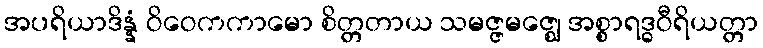
အပရိယာဒိန္နံ ဝိဝေကကာမော စိတ္တတာယ သမဇ္ဇမဇ္ဈေ အစ္စာရဒ္ဓဝီရိယတ္တာ